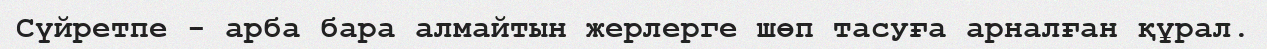
Сүйретпе - арба бара алмайтын жерлерге шөп тасуға арналған құрал.